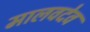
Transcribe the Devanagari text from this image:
मालवदेव